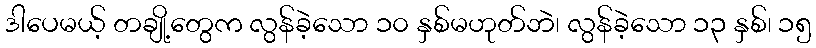
ဒါပေမယ့် တချို့တွေက လွန်ခဲ့သော ၁၀ နှစ်မဟုတ်ဘဲ၊ လွန်ခဲ့သော ၁၃ နှစ်၊ ၁၅